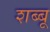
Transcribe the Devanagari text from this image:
शब्बू